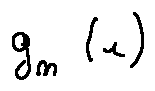
g _ { n } ( x )